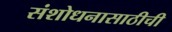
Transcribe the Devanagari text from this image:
संशोधनासाठीची